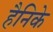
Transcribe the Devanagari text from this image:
हैनिके